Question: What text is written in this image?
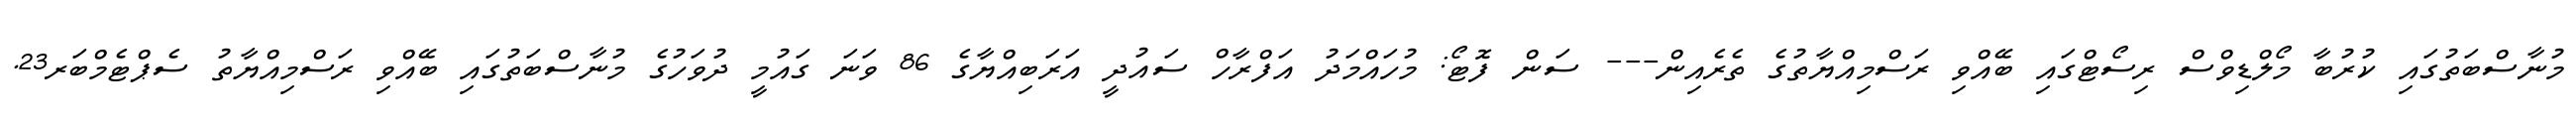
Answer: މުނާސްބަތުގައި ކުރުބާ މޯލްޑިވްސް ރިސޯޓްގައި ބޭއްވި ރަސްމިއްޔާތުގެ ތެރެއިން--- ސަން ފޮޓޯ: މުހައްމަދު އަފްރާހް ސައުދީ އަރަބިއްޔާގެ 86 ވަނަ ގައުމީ ދުވަހުގެ މުނާސްބަތުގައި ބޭއްވި ރަސްމިއްޔާތު ސެޕްޓެމްބަރ23.